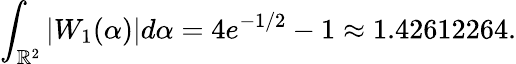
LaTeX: \int_{\mathbb{R}^{2}}|W_{1}(\alpha)|d\alpha=4e^{-1/2}-1\approx 1.42612264.